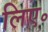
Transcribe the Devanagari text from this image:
लिए॰